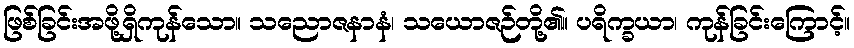
ဖြစ်ခြင်းအဖို့ရှိကုန်သော။ သညောဇနာနံ၊ သယောဇဉ်တို့၏။ ပရိက္ခယာ၊ ကုန်ခြင်းကြောင့်။